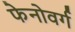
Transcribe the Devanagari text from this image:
फेनोवर्ग